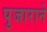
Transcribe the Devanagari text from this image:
पुजाराने